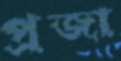
প্রজা